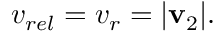
v _ { r e l } = v _ { r } = | \mathbf { v } _ { 2 } | .